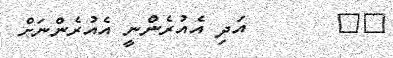
٣٩       އަދި އެއުރެންނީ އެއުރެންނަށް